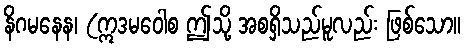
နိဂမနေန၊ (ဣဒမဝေါစ ဤသို့ အစရှိသည်မူလည်း ဖြစ်သော။